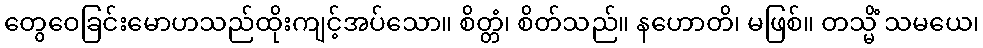
တွေဝေခြင်းမောဟသည်ထိုးကျင့်အပ်သော။ စိတ္တံ၊ စိတ်သည်။ နဟောတိ၊ မဖြစ်။ တသ္မိံ သမယေ၊